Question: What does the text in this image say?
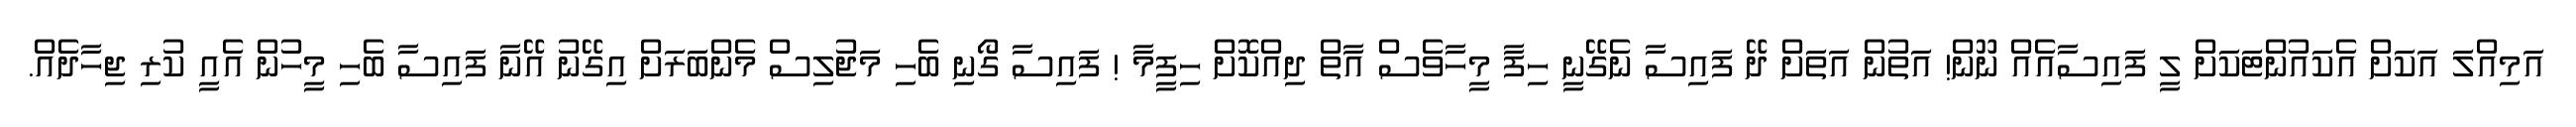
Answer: އަމިއްލަ އަކަށް އެކައުންޓަކަށް ލީ ފައިސާއެއް ނޫން! އަތުން އަތަށް ދޭ ފައިސާ ނެގޭނީ ހިފާ މީހާވެސް އާތް ދިއްކޮށް ހިފީމާ ! ފައިސާ ގޯނި ބެހި މަޖުލިސް މެންބަރަށް އިގޭނު އޭނާ ފައިސާ ބެހި މީހުން އެއީ ކުރި ޖިހާދެއް.